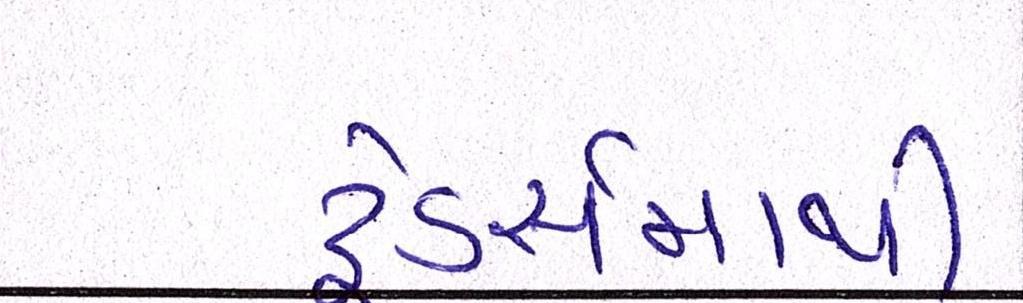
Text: ટ્રેડર્સમાંથી